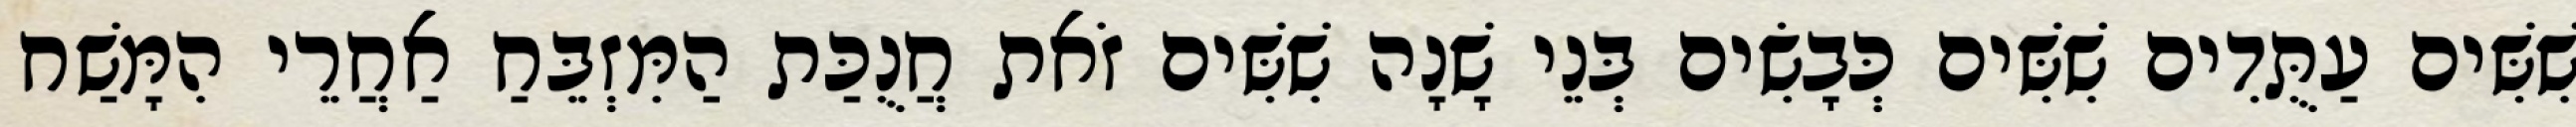
שִׁשִּׁים עַתֻּדִים שִׁשִּׁים כְּבָשִׂים בְּנֵי שָׁנָה שִׁשִּׁים זֹאת חֲנֻכַּת הַמִּזְבֵּחַ אַחֲרֵי הִמָּשַׁח